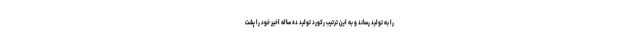
را به تولید رساند و به این ترتیب رکورد تولید ده ساله اخیر خود را پشت